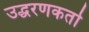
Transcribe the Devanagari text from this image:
उद्धरणकर्ता